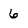
Character: 6